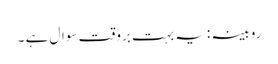
روبینہ :یہ بہت بروقت سوال ہے ۔